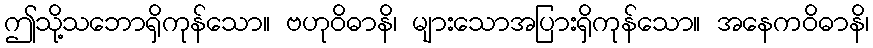
ဤသို့သဘောရှိကုန်သော။ ဗဟုဝိဓာနိ၊ များသောအပြားရှိကုန်သော။ အနေကဝိဓာနိ၊